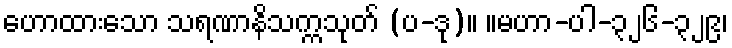
ဟောထားသော သရဏာနိသက္ကသုတ် (ပ-ဒု)။ ။မဟာ-ပါ-၃၂၆-၃၂၉၊